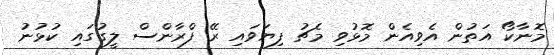
މޮނާކޯ އަތުން އެވިއެން މޮޅުވި މެޗު ފިޔަވައި ރޭ ފްރާންސް ލީގުގައި ކުޅުނު